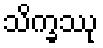
သိက္ခဿု